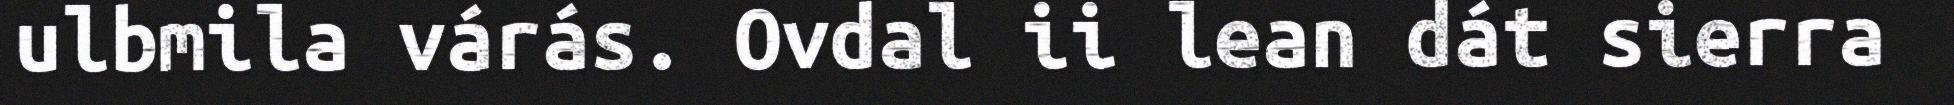
ulbmila várás. Ovdal ii lean dát sierra